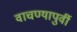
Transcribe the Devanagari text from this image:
वाचण्यापुर्वी